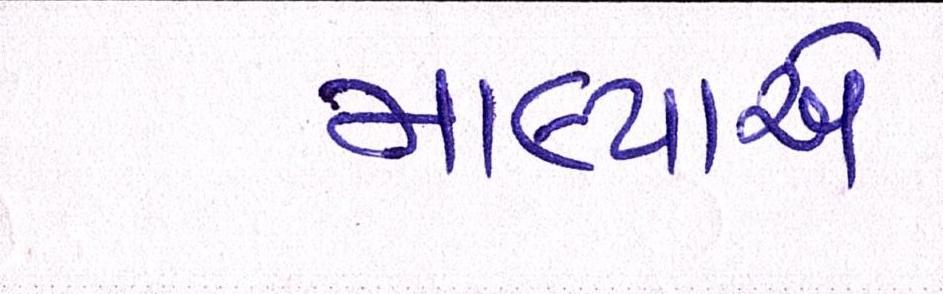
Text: માલ્યાએ